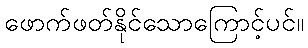
ဖောက်ဖတ်နိုင်သောကြောင့်ပင်။